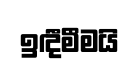
ඉඳීමීමයි